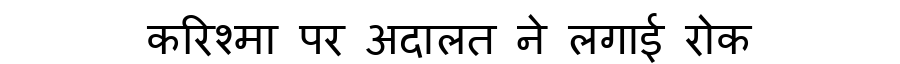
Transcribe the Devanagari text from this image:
करिश्मा पर अदालत ने लगाई रोक